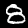
Digit: 8